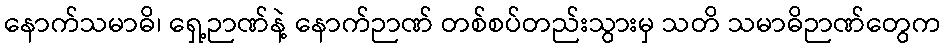
နောက်သမာဓိ၊ ရှေ့ဉာဏ်နဲ့ နောက်ဉာဏ် တစ်စပ်တည်းသွားမှ သတိ သမာဓိဉာဏ်တွေက